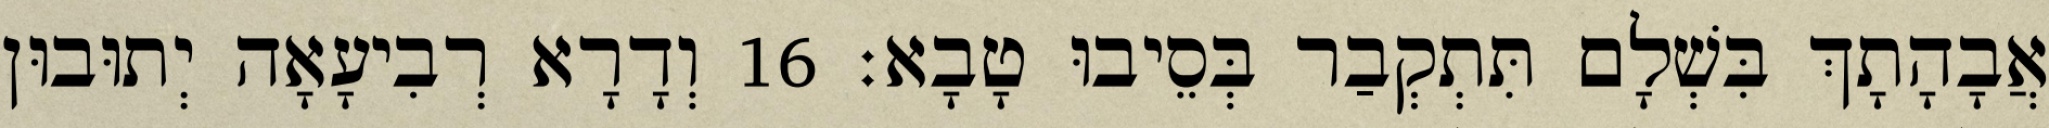
אֲבָהָתָךְ בִּשְׁלָם תִּתְקְבַר בְּסֵיבוּ טָבָא׃ 16 וְדָרָא רְבִיעָאָה יְתוּבוּן